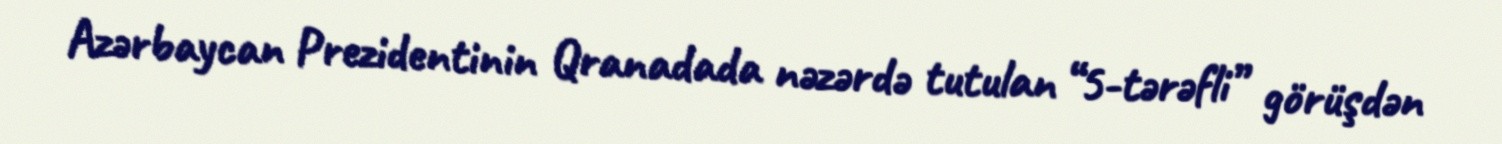
Azərbaycan Prezidentinin Qranadada nəzərdə tutulan “5-tərəfli” görüşdən